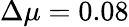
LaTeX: \Delta\mu=0.08